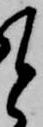
と